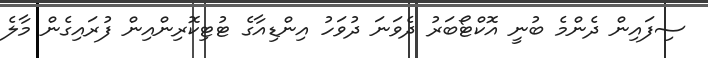
ސިފައިން ދެންމެ ބުނީ އޮކްޓޯބަރު ދެވަނަ ދުވަހު އިންޑިއާގެ ޓުޓިކޮރިންއިން ފުރައިގެން މާލެ